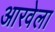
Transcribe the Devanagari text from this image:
आरवेला